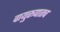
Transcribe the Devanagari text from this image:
वायुरूपातच